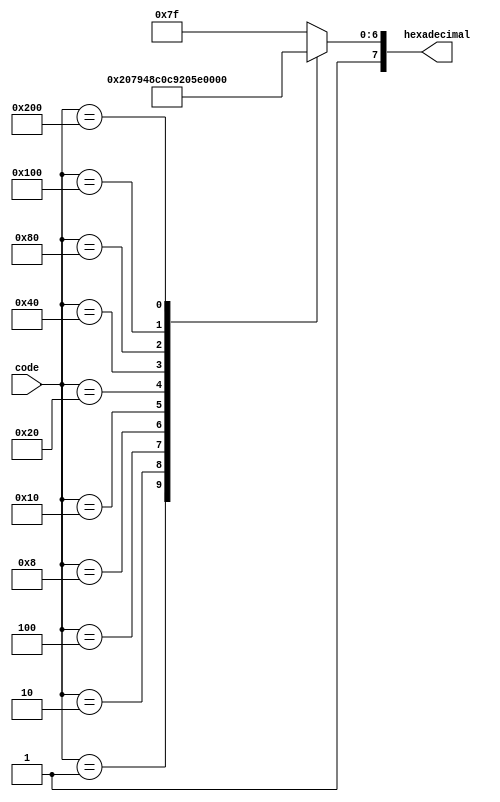
module seg7_tohex
(
input [9:0] code,
output reg [7:0] hexadecimal
);

always @ (*)
begin
case (code)
10'b0000000001: hexadecimal <= 8'b11000000;//all inverted for outputs; 0
10'b0000000010: hexadecimal <= 8'b11111001;// 1
10'b0000000100: hexadecimal <= 8'b10100100;// 2
10'b0000001000: hexadecimal <= 8'b10110000;// 3
10'b0000010000: hexadecimal <= 8'b10011001;// 4
10'b0000100000: hexadecimal <= 8'b10010010;// 5
10'b0001000000: hexadecimal <= 8'b10000010;// 6
10'b0010000000: hexadecimal <= 8'b11111000;// 7
10'b0100000000: hexadecimal <= 8'b10000000;// 8
10'b1000000000: hexadecimal <= 8'b10010000;// 9
default: hexadecimal <= 8'b11111111;// disabled
endcase
end

endmodule